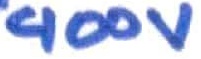
Text: 400V